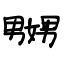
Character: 嬲